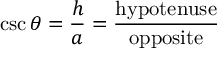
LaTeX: \csc \theta = { \frac { h } { a } } = { \frac { \mathrm { h y p o t e n u s e } } { \mathrm { o p p o s i t e } } }